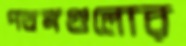
পতঙ্গগুলোর